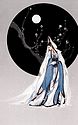
上有愁思妇，悲叹有余哀。